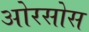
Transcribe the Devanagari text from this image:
ओरसोस